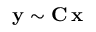
\mathbf { y } \sim \mathbf { C } \, \mathbf { x }